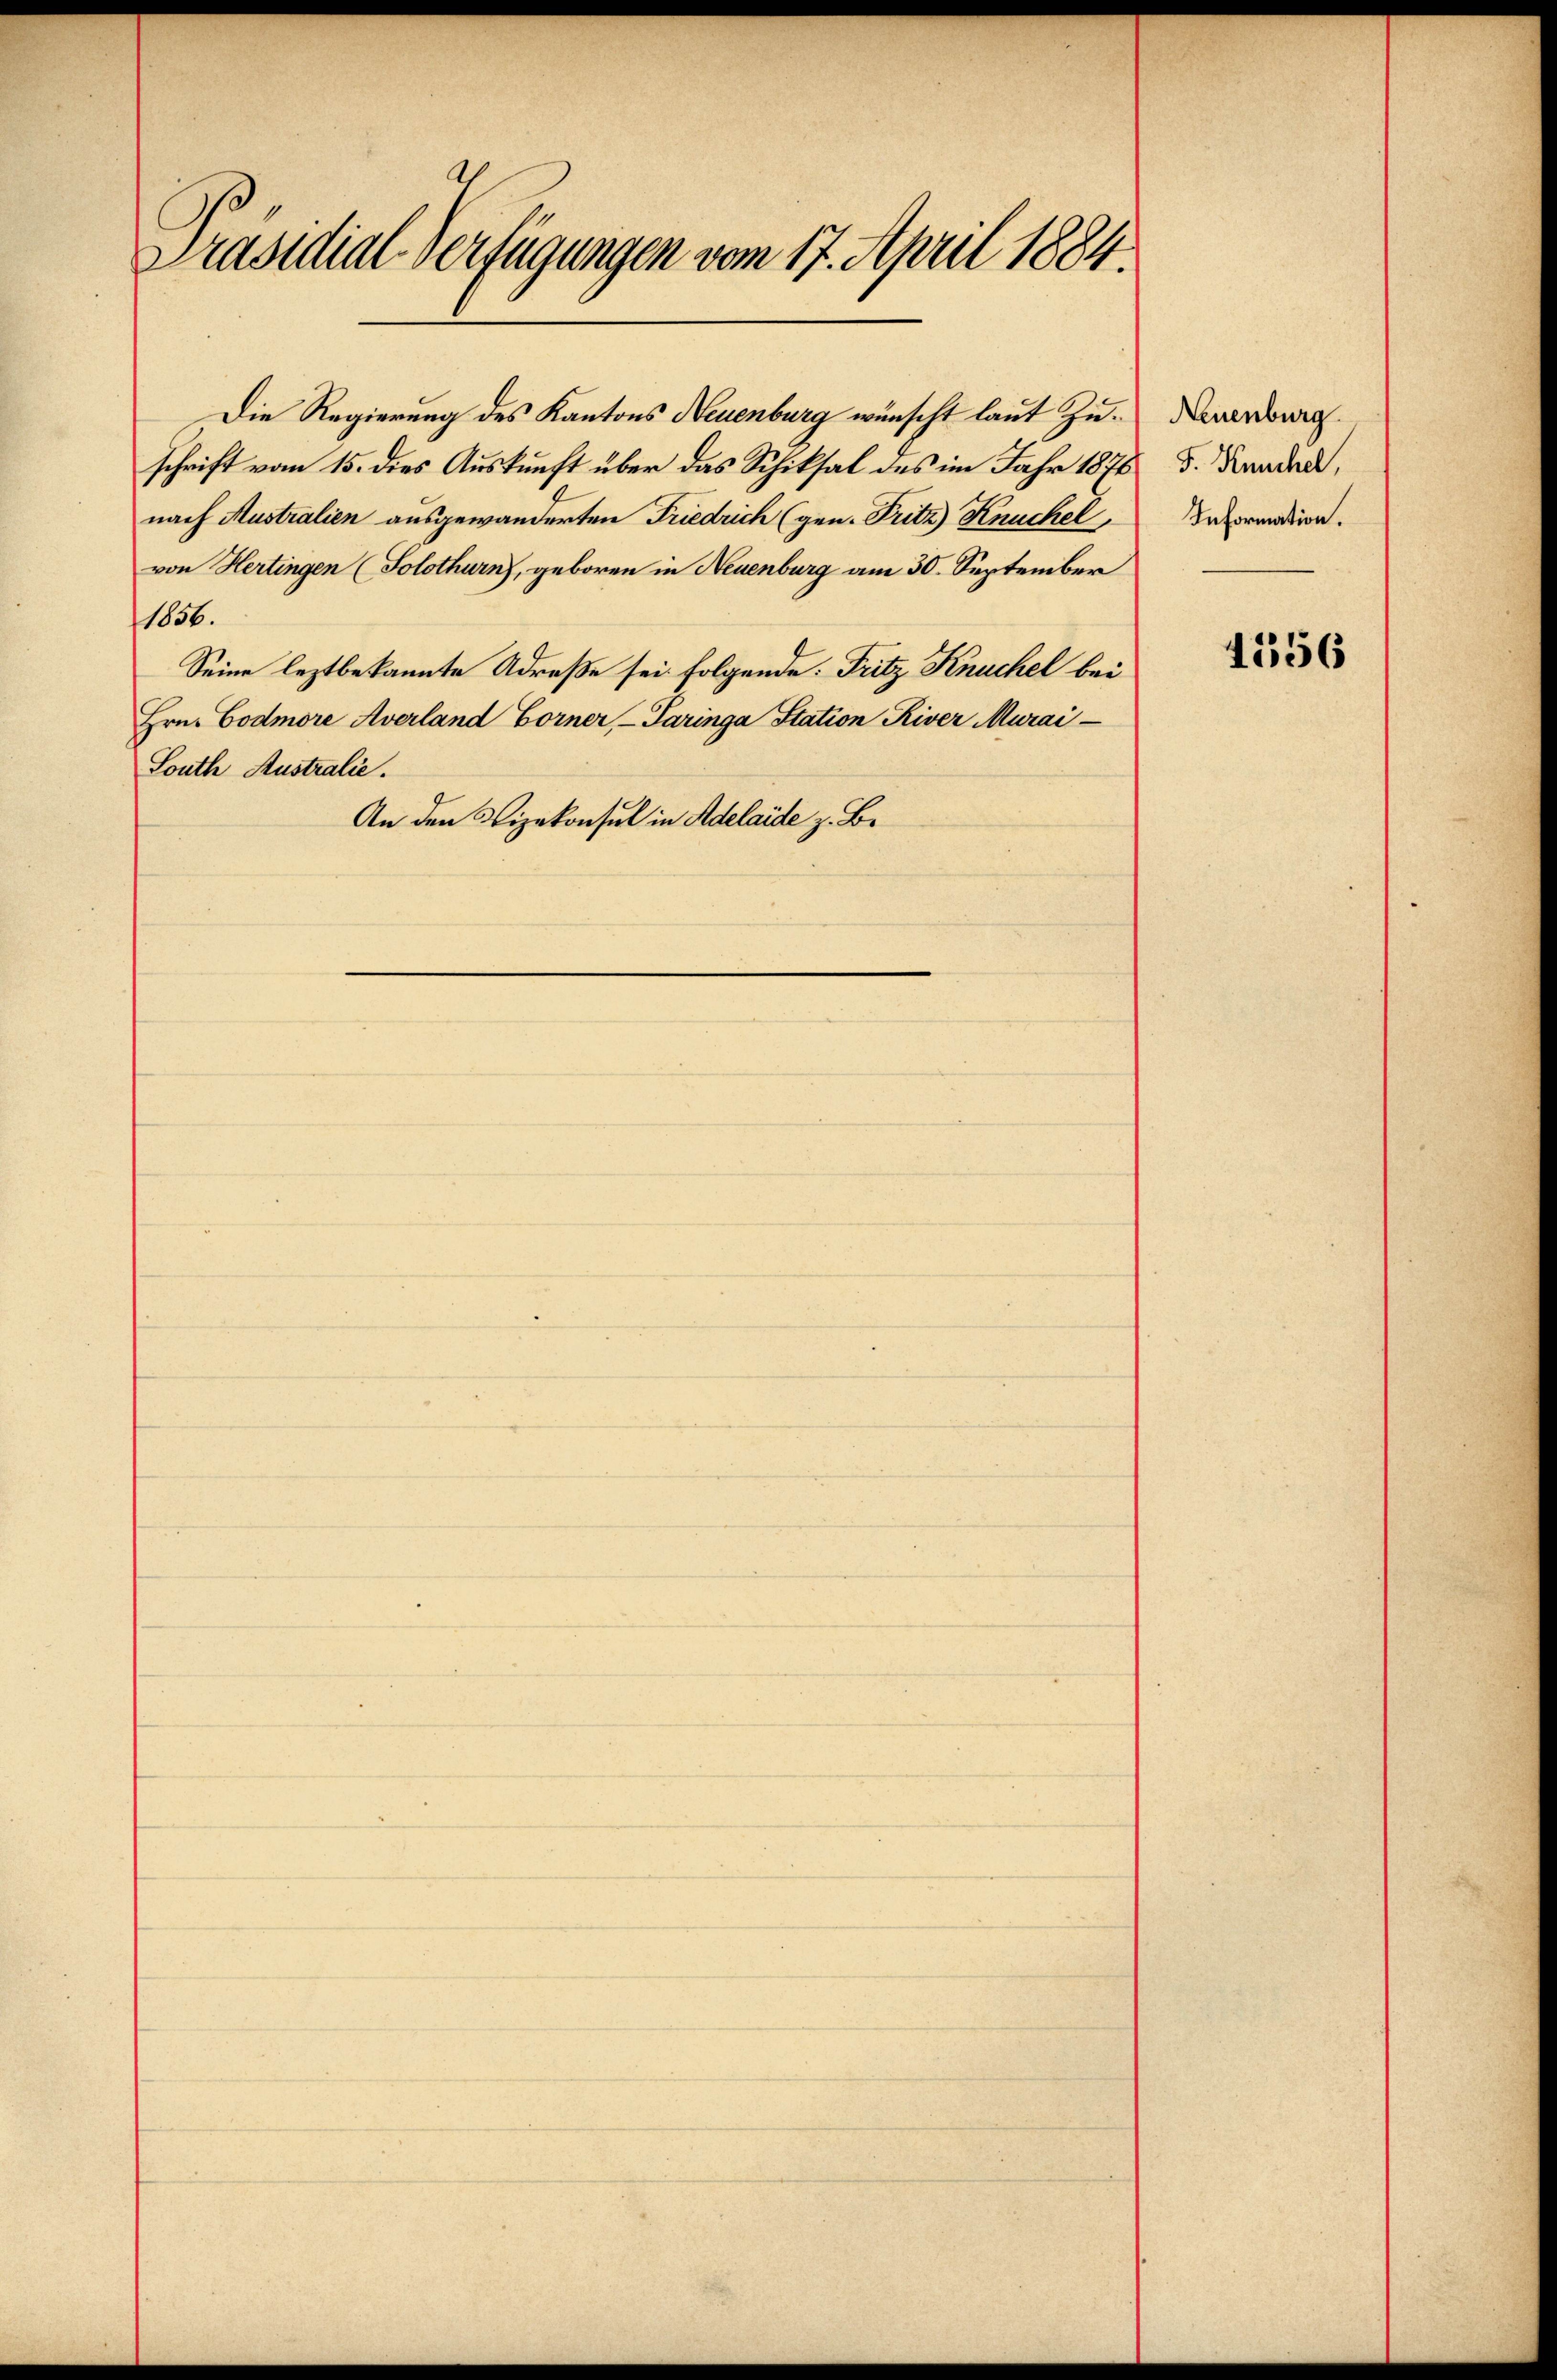
Präsidial-Verfügungen vom 17. April 1884.

schrift vom 15. dies Auskunft über das Schiksal des im Jahr 1876
nach Australien ausgewanderten Friedrich (gen. Fritz) Knuchel,
von Hertingen (Solothurn, geboren in Neuenburg am 30. September
1836.
Seine leztbekannte Adreße sei folgende: Fritz Knuchel bei
Hrn. Codmore Averland Horner, Paringa Station River Murai
South Australie.
An den Vizekonsul in Adelaide z. B.

Die Regierung des Kantons Neuenburg wünscht laut Zu¬

Neuenburg
F. Kuchel,
Information.

4556